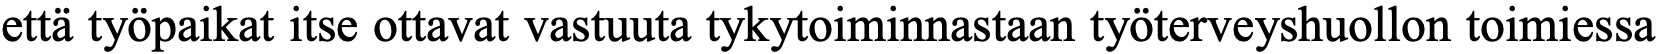
että työpaikat itse ottavat vastuuta tykytoiminnastaan työterveyshuollon toimiessa